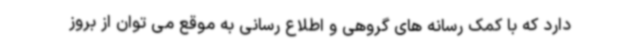
دارد که با کمک رسانه های گروهی و اطلاع رسانی به موقع می توان از بروز